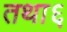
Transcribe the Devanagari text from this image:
तथा६